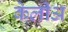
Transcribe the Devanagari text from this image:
केलीअ